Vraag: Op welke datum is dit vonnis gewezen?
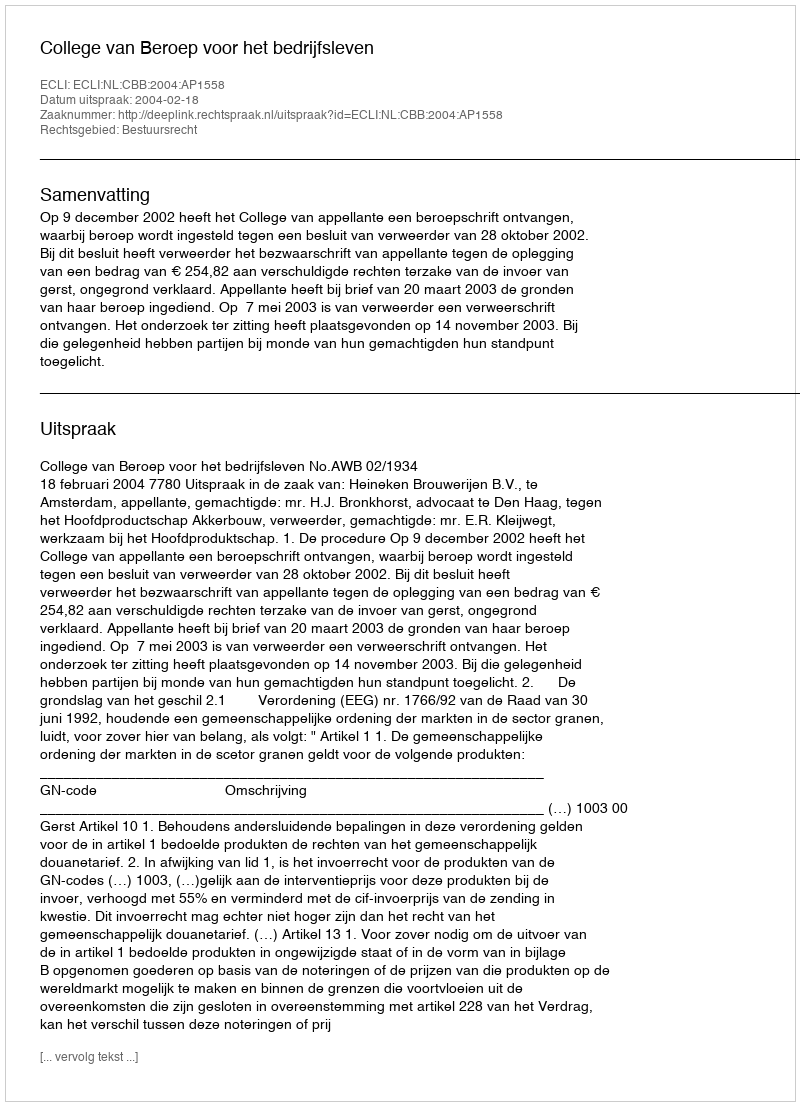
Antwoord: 2004-02-18